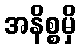
အနိစ္စမှိ